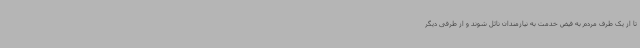
تا از یک طرف مردم به فیض خدمت به نیازمندان نائل شوند و از طرفی دیگر